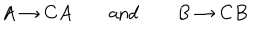
LaTeX: A \rightarrow C A \qquad { \mathrm { a n d } } \qquad B \rightarrow C B